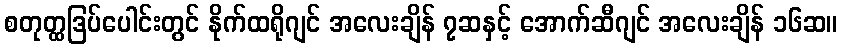
စတုတ္ထဒြပ်ပေါင်းတွင် နိုက်ထရိုဂျင် အလေးချိန် ၇ဆနှင့် အောက်ဆီဂျင် အလေးချိန် ၁၆ဆ။